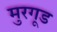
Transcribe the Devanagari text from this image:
मुरगूड